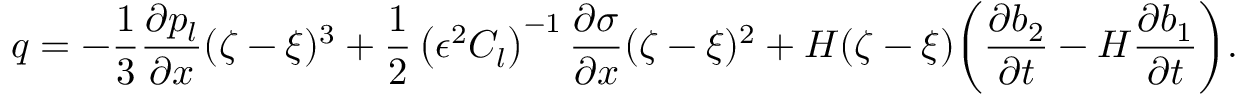
q = - \frac { 1 } { 3 } \frac { \partial p _ { l } } { \partial x } ( \zeta - \xi ) ^ { 3 } + \frac { 1 } { 2 } \left( \epsilon ^ { 2 } C _ { l } \right) ^ { - 1 } \frac { \partial \sigma } { \partial x } ( \zeta - \xi ) ^ { 2 } + H ( \zeta - \xi ) \bigg ( \frac { \partial b _ { 2 } } { \partial t } - H \frac { \partial b _ { 1 } } { \partial t } \bigg ) .